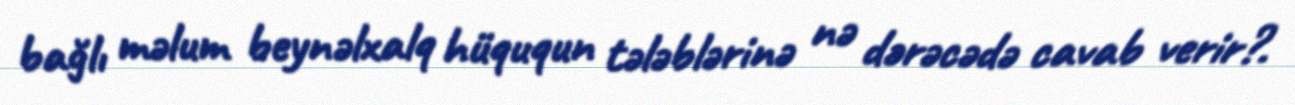
bağlı məlum beynəlxalq hüququn tələblərinə nə dərəcədə cavab verir?.